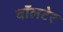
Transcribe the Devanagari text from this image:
वॉलटेर